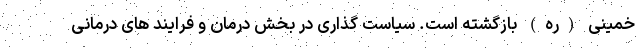
خمینی (ره) بازگشته است. سیاست گذاری در بخش درمان و فرایند های درمانی